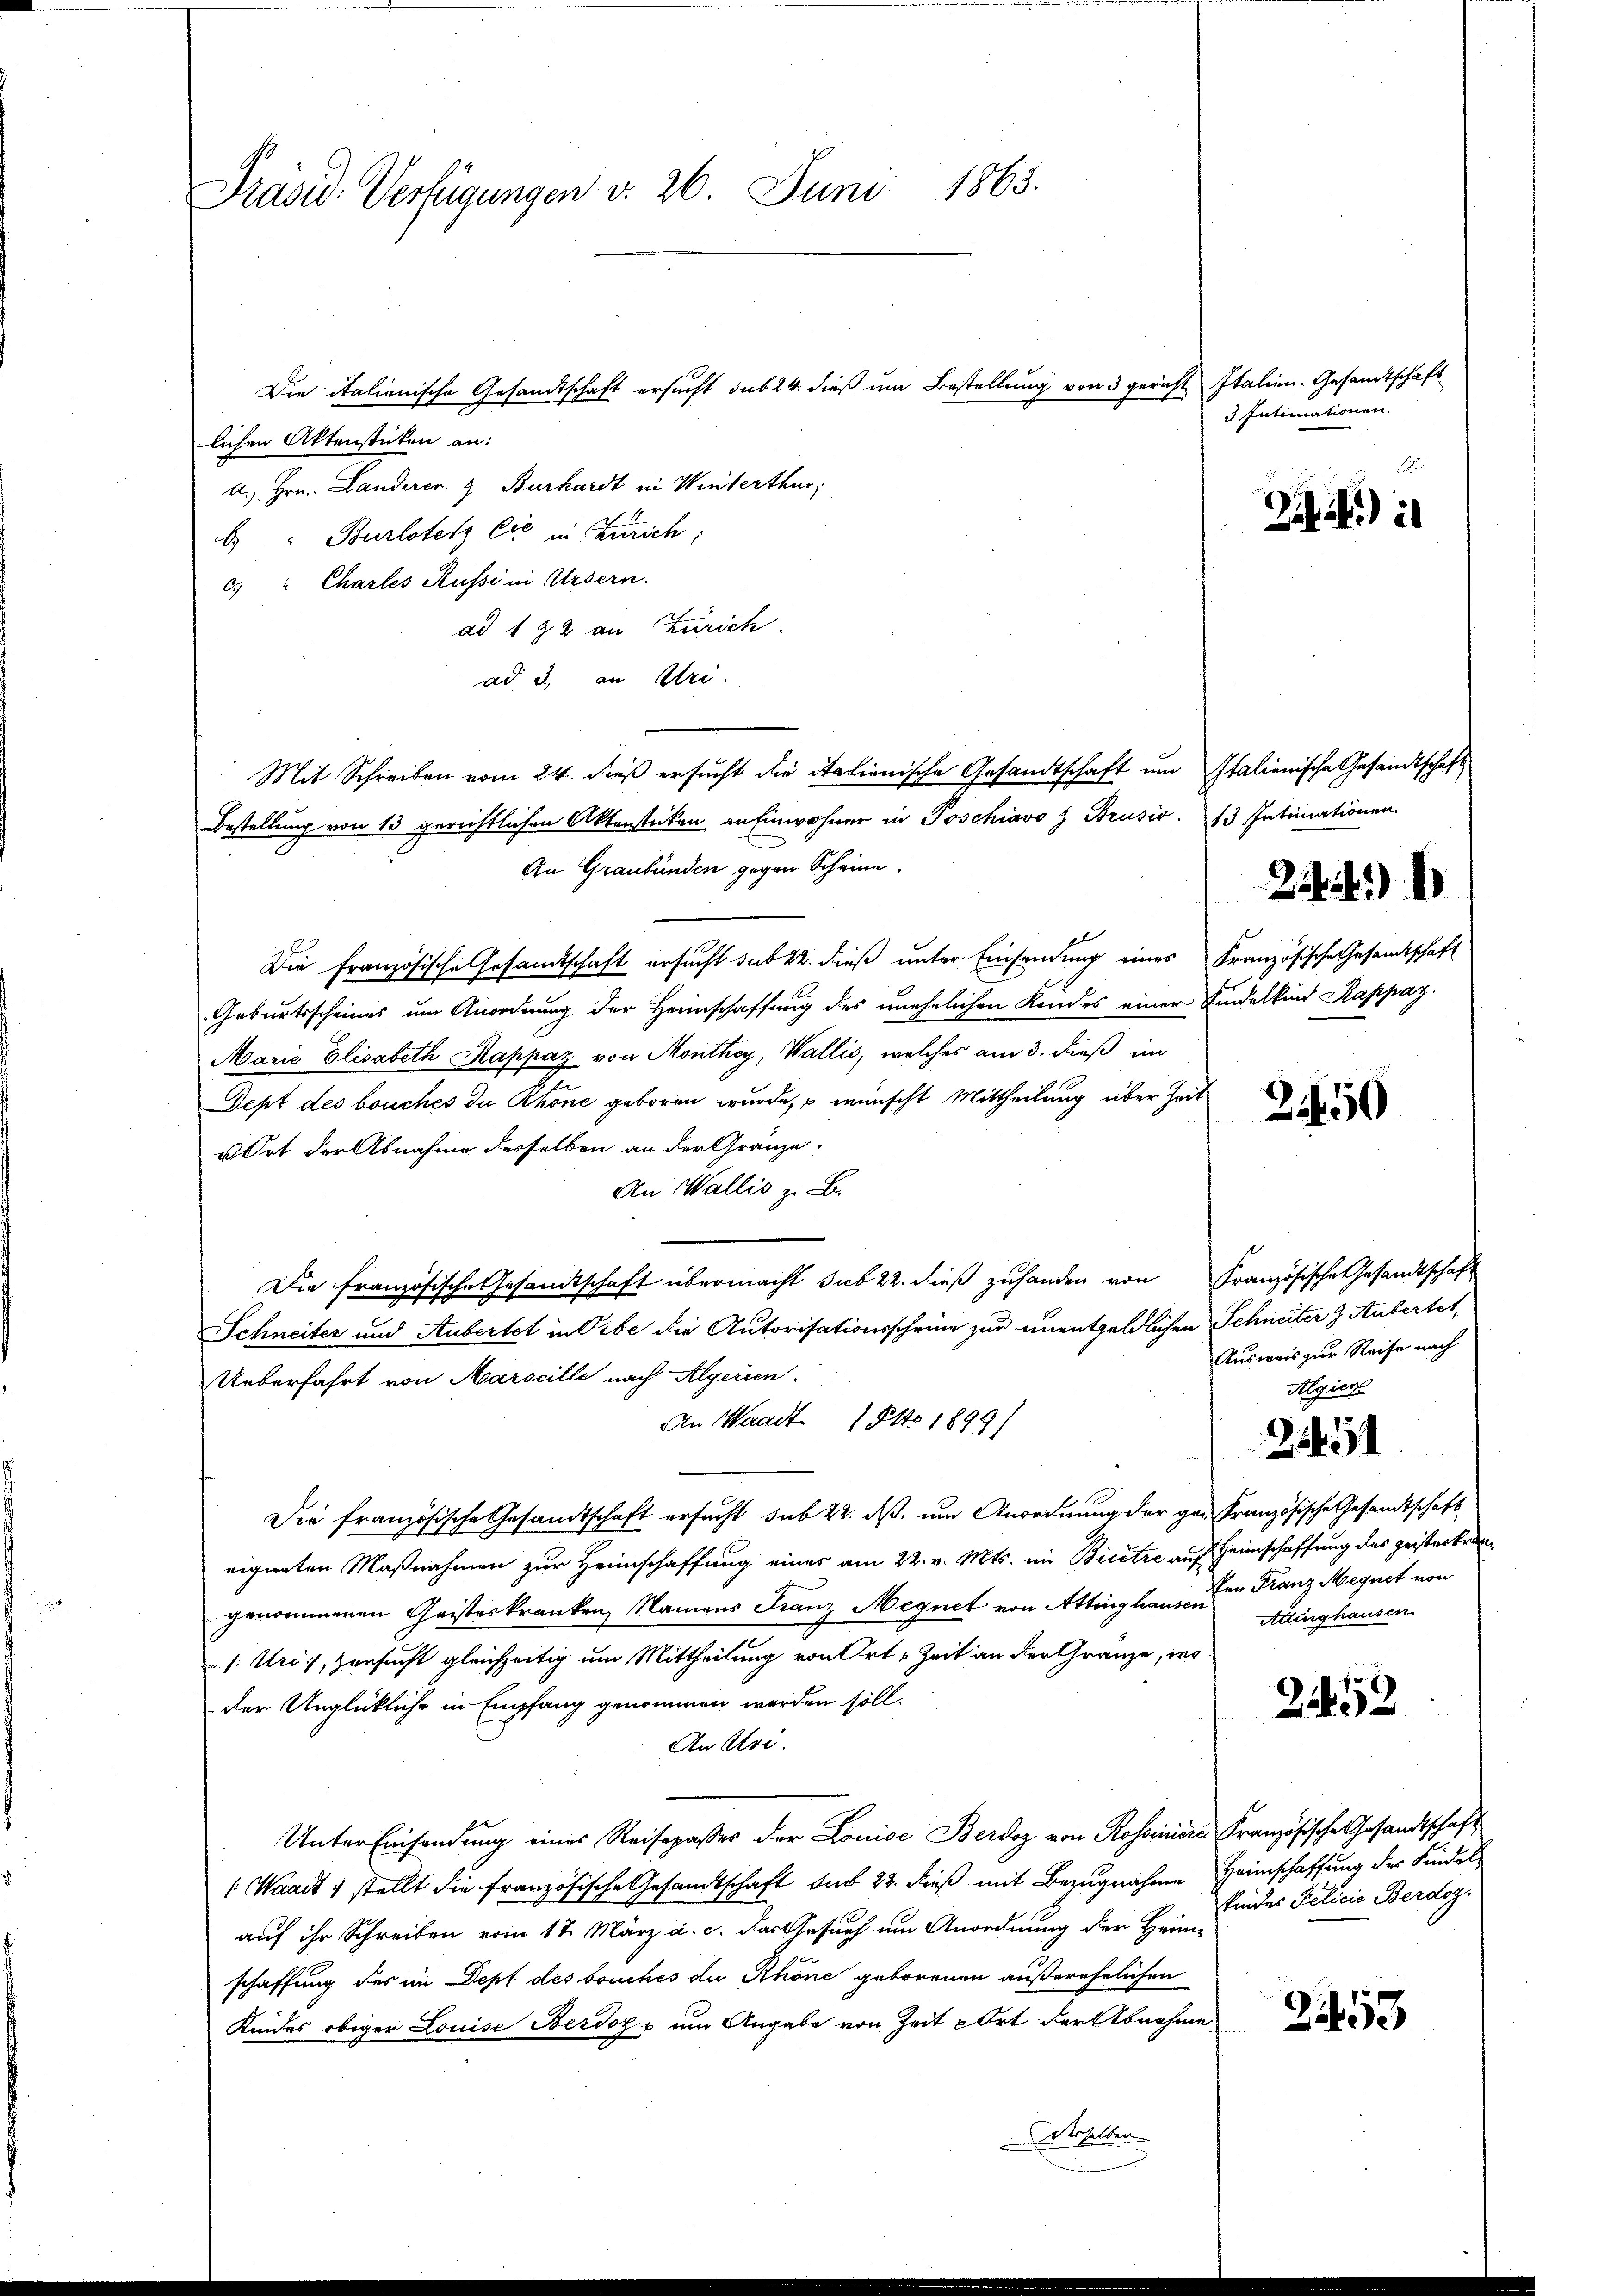
Präsid. Verfügungen v. 26. Juni 1863.

Die italienische Gesandtschaft ersucht sub 24. dieß um Bestellung von 3 gericht Italien. Gesandtschaft
lichen Aktenstücken an:
d. Hrn. Landerer & Burkardt in Winterthur,
b "Burlostenz Cie in Zürich;
cs " Chartes Russi in Ursern.
ad 192 an Zürich
ad 3, an Uri.
Mit Schreiben vom 24. dieß ersucht die italienische Gesandtschaft um Italienische Gesandtschaft
Bestellung von 13 gerichtlichen Aktensticken an Einwohner in Poschiavo z. Brusio. 13 IIntimationen
An Graubünden gegen Scheine
Die französische Gesamtschaft ersucht sub 22. dieß unter Einsendung eines Französische Gesamtschaft
Geburtsscheines um Anordnung der Heimschaffung des unehelichen Kindes einer Findelkind Rappaz.
Marie Elisabeth Rappaz von Monthey, Wallis, welches am 3. dieß im
Dept des bouches da Rhone geboren wurde, u wünscht Mittheilung über Zeit
u Ort der Abnahme desselben an der Gränze.
An Wallis z. B.
Die französische Gesandtschaft übermacht sub 22. dieß zuhanden von Französische Gesandtschaft
Schneiter und Aubertet in Vibe die Autorisationsscheine zur unentgeldlichen Schneiter z. Aubertet,
Ueberfahrt von Marseille nach Algerien.
An Waadt 1 Pkt. 1899)
Die französische Gesandtschaft ersucht, sub 22. ds, um Anordnung der geeigneten Maßnahmen zur Heimschaffung eines am 22. v. Mts. in Bicetze auf Heimschaffung des geisterkrangenommenen Geisteskranken, Namens Franz Megnet von Attinghausen
/: Uri, zersucht gleichzeitig um Mittheilung von Ort, Zeit an der Gränze, ins
der Unglückliche in Empfang genommen werden soll.
An Uri.
Unter Einsendung eines Reisepasses der Louise Berdoz von Rossinisre
(Waadt 1 stellt die französische Gesandtschaft der 22. dieß mit Bezugnahme Heimschaffung der Kindel
auf ihr Schreiben vom 17. März a. c. das Gesuch um Anordnung der Heim-
schaffung des im Dept des bouches du Rhöne geborenen außerehelichen
Kindes obiger Louise Berdoz um Angabe von Zeit u Ort der Abnehme
Derselben

3 Intimationen.

Zif. i

22)

2450

Ausweis zur Reise nach
Algier

21451

Französische Gesandtschaft
ken Franz Megnet von
Attinghausen

21452

Französische Gesandtschaft
kindes Pelicia Berdoz.

3453